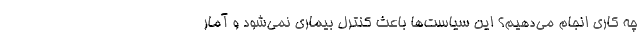
چه کاری انجام می‌دهیم؟ این سیاست‌ها باعث کنترل بیماری نمی‌شود و آمار